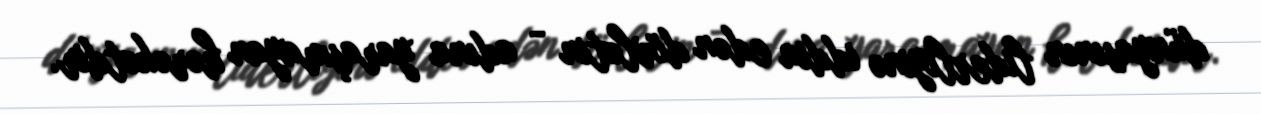
dünyasının liderliyinə iddia edən dövlətin - adına yaraşmayan hərəkətdir.